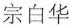
宗白华